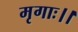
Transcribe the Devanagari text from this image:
मृगाः।।